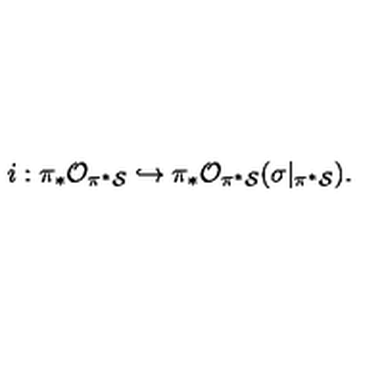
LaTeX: i : \pi _ { * } { \cal O } _ { \pi ^ { * } { \cal S } } \hookrightarrow \pi _ { * } { \cal O } _ { \pi ^ { * } { \cal S } } ( \sigma | _ { \pi ^ { * } { \cal S } } ) .